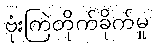
ဗုံးကြဲတိုက်ခိုက်မှု